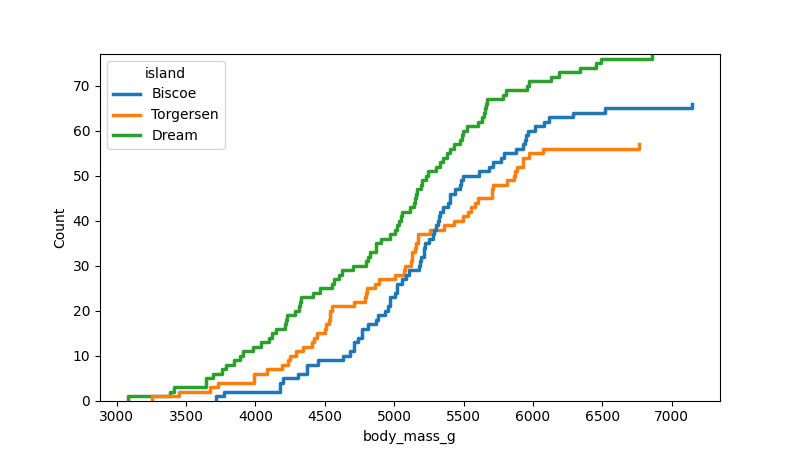
python, seaborn, ecdfplot, column='body_mass_g', hue='island', stat='count', linewidth=2.5